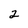
Character: 2